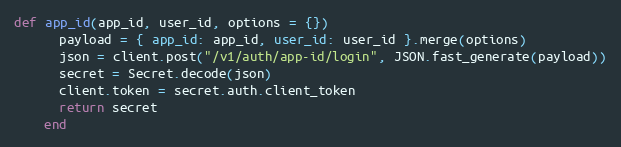
Language: Ruby
def app_id(app_id, user_id, options = {})
      payload = { app_id: app_id, user_id: user_id }.merge(options)
      json = client.post("/v1/auth/app-id/login", JSON.fast_generate(payload))
      secret = Secret.decode(json)
      client.token = secret.auth.client_token
      return secret
    end